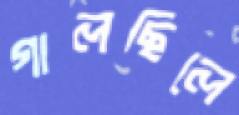
গালছিলে